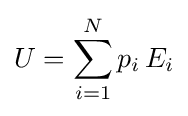
U=\sum _{i=1}^{N}p_{i}\,E_{i}